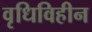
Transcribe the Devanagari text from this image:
वृधिविहीन